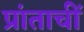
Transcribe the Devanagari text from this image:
प्रांताचीं